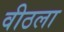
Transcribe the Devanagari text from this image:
वीठला